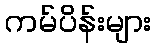
ကမ်ပိန်းများ